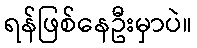
ရန်ဖြစ်နေဦးမှာပဲ။